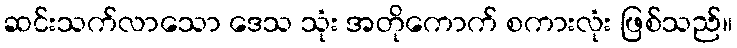
ဆင်းသက်လာသော ဒေသ သုံး အတိုကောက် စကားလုံး ဖြစ်သည်။